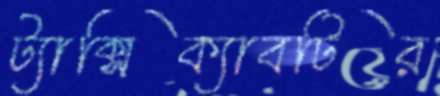
ট্যাক্সিক্যাবটির